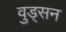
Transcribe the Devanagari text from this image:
वुड्सन